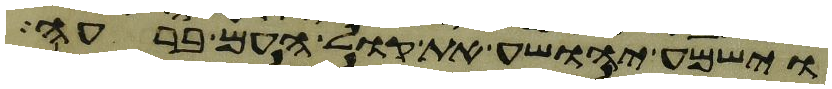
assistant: וישמע יהושע את קול העם ברעה